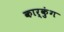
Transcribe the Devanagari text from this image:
कार्कुंग